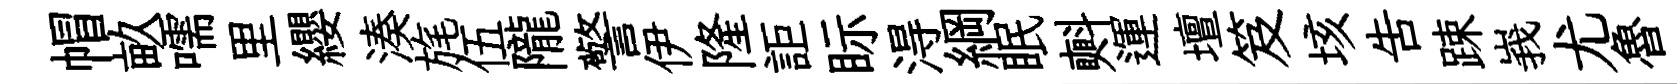
帽畝嚅里纓湊旄伍隴警伊隆詎眎淂綱眠㪺運壇笈垓吿踈峩尤魯